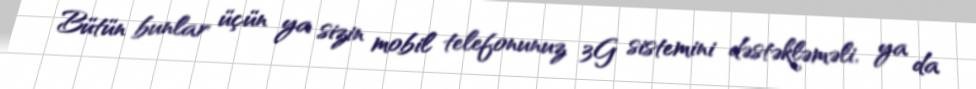
Bütün bunlar üçün ya sizin mobil telefonunuz 3G sistemini dəstəkləməli, ya da